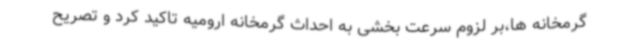
گرمخانه ها،بر لزوم سرعت بخشی به احداث گرمخانه ارومیه تاکید کرد و تصریح